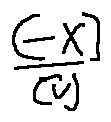
\frac { [ - X ] } { [ v ] }